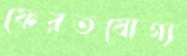
ফেরতযোগ্য